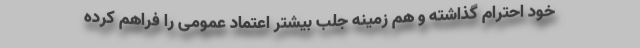
خود احترام گذاشته و هم زمینه جلب بیشتر اعتماد عمومی را فراهم کرده